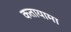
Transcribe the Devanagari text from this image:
कतायामा